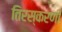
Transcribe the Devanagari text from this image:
तिरस्करणी